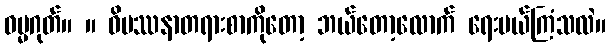
ဓမ္မဂုတ်။ ။ ဝိပဿနာတရားစာကိုတော့ ဘယ်တော့လောက် ရေးမယ်ကြံသလဲ။